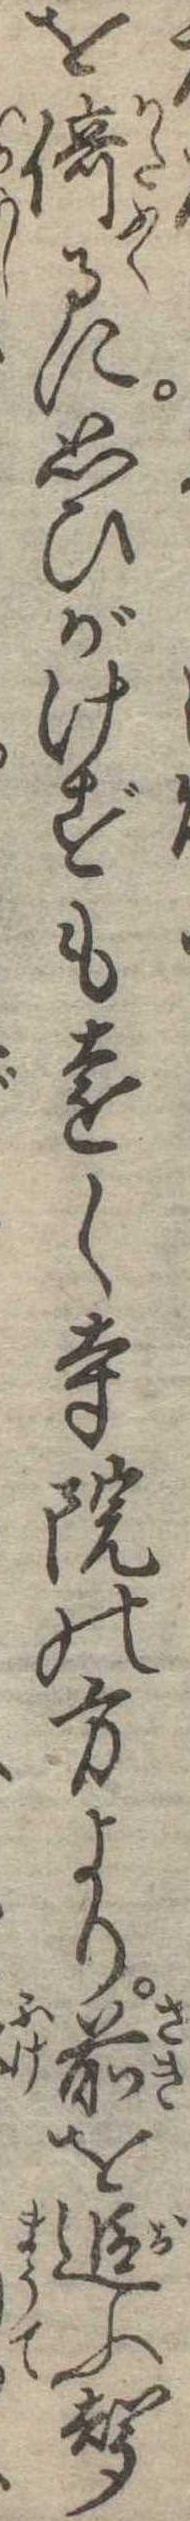
を倚るに思ひがけずも遠く寺院の方より前を追ふ声